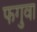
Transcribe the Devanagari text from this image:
फगुवा